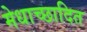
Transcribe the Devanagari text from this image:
मेधाच्छादित